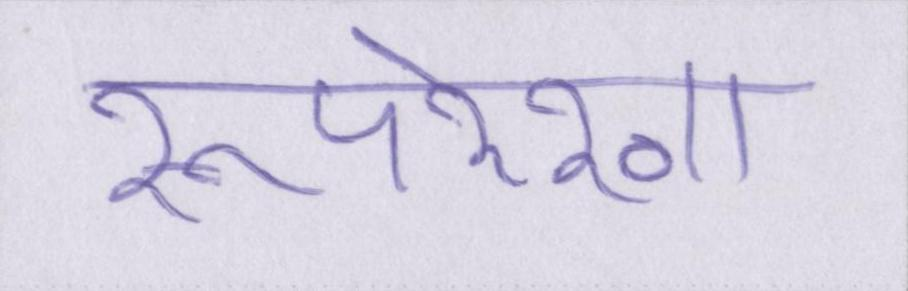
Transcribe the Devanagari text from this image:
रूपरेखा